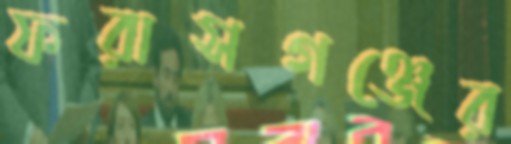
ফরাসগঞ্জের